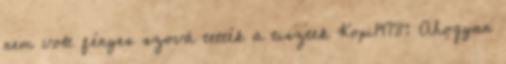
nem volt fényes szová tették a tisztek Kopi1978: Ahogyan